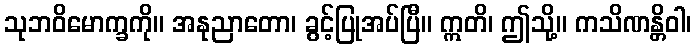
သုဘဝိမောက္ခကို။ အနုညာတော၊ ခွင့်ပြုအပ်ပြီ။ ဣတိ၊ ဤသို့။ ကသိဏန္တိဝါ၊